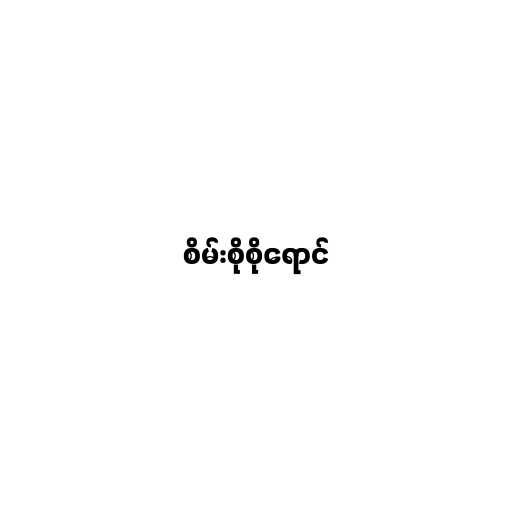
စိမ်းစိုစိုရောင်